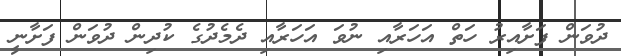
ދުވަން ފަށާއިރު ހަތް އަހަރާއި ނުވަ އަހަރާއި ދެމެދުގެ ކުދިން ދުވަން ފަށާނީ